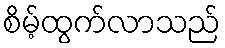
စိမ့်ထွက်လာသည်